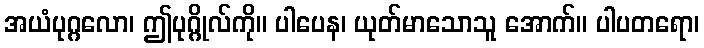
အယံပုဂ္ဂလော၊ ဤပုဂ္ဂိုလ်ကို။ ပါပေန၊ ယုတ်မာသောသူ အောက်။ ပါပတရော၊